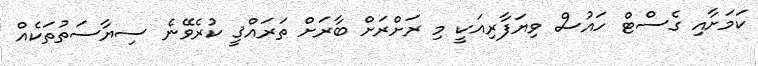
ކަމަށާއި ގެސްޓް ހައުސް ވިޔަފާރިއަކީ މި ރަށްރަށް ބާރަށް ތަރައްޤީ ކުރެވޭނެ ސިޔާސަތުތަކެއް